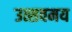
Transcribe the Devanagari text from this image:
उत्सवमय